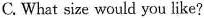
C. What size would you like?